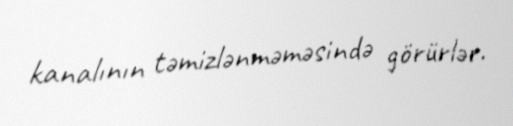
kanalının təmizlənməməsində görürlər.